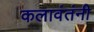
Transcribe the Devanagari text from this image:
कलावंतंनी